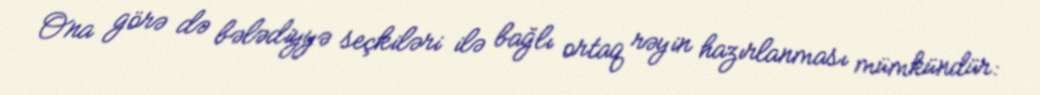
Ona görə də bələdiyyə seçkiləri ilə bağlı ortaq rəyin hazırlanması mümkündür: